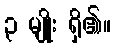
၃ မျိုး ရှိ၏။